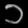
Digit: ၁